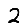
Digit: 2